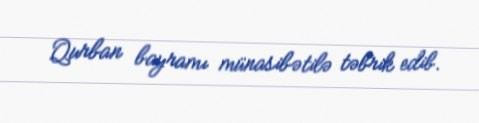
Qurban bayramı münasibətilə təbrik edib.